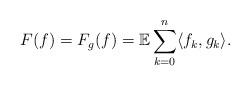
LaTeX: \begin{align*} F(f) = F_g(f)= \mathbb E\sum_{k=0}^n \langle f_k,g_k\rangle.\end{align*}